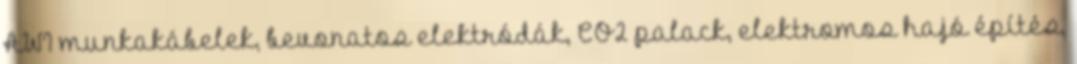
AWI munkakábelek, bevonatos elektródák, CO2 palack, elektromos hajó építés,